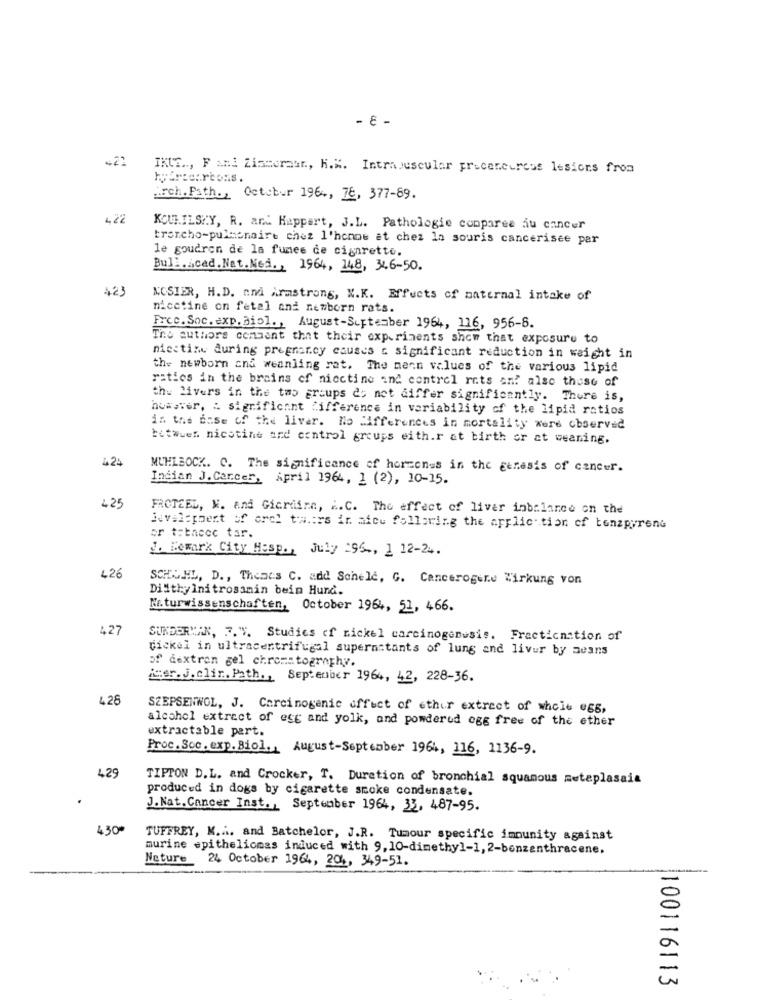
- E -
.21
IKUE .., F ani Zismeratt ., H.K. Intramuscular pricercircus lesions from
hpbrzearcoss.
Arch.Path ., October 1964, 78, 377-89.
422
KOULILSKY, R. and Happert, J.L. Pathologie compares au cancer
troncho-pulmonaire chez l'homme at chez la souris cancerisee par
le goudron de la fumes de cigarette.
Bull.Acad. Nat.Med. , 1964, 148, 34.6-50.
423
NOSIER, H.D. and Armstrong, K.K. Effects of maternal intake of
nicetine on fetal and newborn rats.
Free. Soc. exp. Biol ., August-September 1964, 116, 956-8.
The authors consent that their experiments show that exposure to
niestime during pregnancy causes & significant reduction in weight in
the newborn ana weanling rat. The mean values of the various lipid
ratios in the brains of nicctine and control rets an? also these of
the livers in the two groups es net differ significantly. There is,
however, : significant "ifference in variability of the lipid ratios
in the case of the liver. No differences in mortality were observed
bitwuer nicotine and control groups eith.r at birth or at weaning.
424
MUHLBOCK. C. The significance of hormones in the genesis of cancer.
Indian J.Carcer, April 1964, 1 (2), 10-15.
425
FROTEEL, W. and Gicriina, i.C. The effect of liver inbalance on the
jevelopment of orel tways in afew following the application of bonzpyrene
or tabacec tar.
J. Remark City Hasp ., July 196 ., 1 12-24.
426
SCHUHL, D ., Thenes C. add Schele, G. Cancerogene Wirkung von
DilithyInitrosamin bein Hund.
Naturwissenschaften, October 1964, 51, 466.
.27
SUNDERMAN, 7. "". Studies of nickel carcinogenesis. Fractionation of
Wickel in ultracentrifugal supernatants of lung and liver by means
of dextran gel chromatography.
jeer. J. clir. Path ., September 1964, 42, 228-36.
428
SZEPSENWOL, J. Carcinogenic effect of ethir extract of whole #65,
alcohol extract of egg and yolk, and powderud ogg free of the ether
extractable part.
Proc. Soc. exp. Biol. , August-September 1964, 116, 1136-9.
429
TIPTON D.L. and Crocker, T. Duration of bronchial squamous meteplasais
produced in dogs by cigarette smoke condensate.
J.Nat. Cancer Inst ., September 1964, 33, 487-95.
430*
TUFFREY, K.A. and Batchelor, J.R. Tumour specific immunity against
murine epitheliomas induced with 9, 10-dimethyl-1, 2-benzenthracene.
Nature 24 October 1964, 204, 349-51.
-
-
100116113